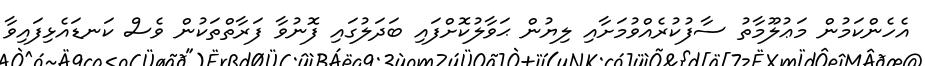
އެހެންކަމުން މަޢުލޫމާތު ސާފުކުރެއްވުމަށާއި ލިޔުން ޙަވާލުކޮށްފައި ބަދަލުގައި ފޮނުވާ ފަރާތްތަކުން ވެސް ކަނޑައެޅިފައިވާ